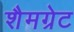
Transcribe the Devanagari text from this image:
शैमग्रेट